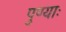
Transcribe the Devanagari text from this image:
पुण्याः